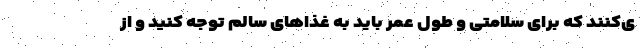
ی‌کنند که برای سلامتی و طول عمر باید به غذا‌های سالم توجه کنید و از